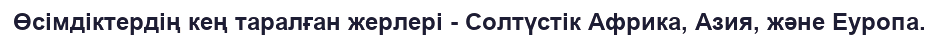
Өсімдіктердің кең таралған жерлері - Солтүстік Африка, Азия, және Еуропа.